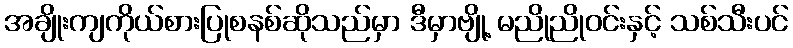
အချိုးကျကိုယ်စားပြုစနစ်ဆိုသည်မှာ ဒီမှာဗျို့ မညိုညိုဝင်းနှင့် သစ်သီးပင်